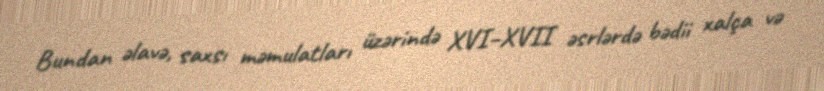
Bundan əlavə, saxsı məmulatları üzərində XVI–XVII əsrlərdə bədii xalça və